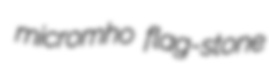
micromho flag-stone